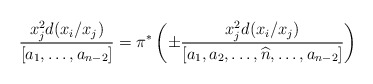
\begin{align*}\frac{x_j^2 d(x_i/x_j)}{[a_1,\ldots,a_{n-2}]}=\pi^{*} \left( \pm \frac{x_j^2 d(x_i/x_j)}{ [a_1,a_2,\ldots,\widehat{n},\ldots,a_{n-2}]} \right) \end{align*}